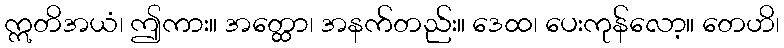
ဣတိအယံ၊ ဤကား။ အတ္ထော၊ အနက်တည်း။ ဒေထ၊ ပေးကုန်လော့။ တေဟိ၊